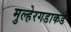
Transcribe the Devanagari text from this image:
मुल्हेरगडाकडे